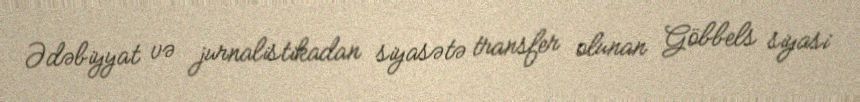
Ədəbiyyat və jurnalistikadan siyasətə transfer olunan Göbbels siyasi